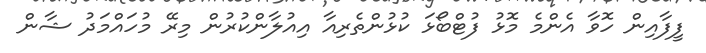
ފީފާއިން ހޮވާ އެންމެ މޮޅު ފުޓްބޯޅަ ކުޅުންތެރިއާ އިއުލާންކުރުން މިރޭ މުހައްމަދު ޝާން